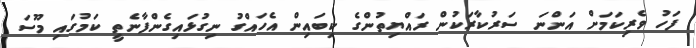
ފަހު ވެރިކަމަށް އަންނަ ސަރުކާރަކުން ރައްޔިތުންގެ ކިބައިން އެހައްގު ނިގުޅައިގެންފާނެތީ ކަމުގައި މޫސަ